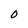
Character: 0